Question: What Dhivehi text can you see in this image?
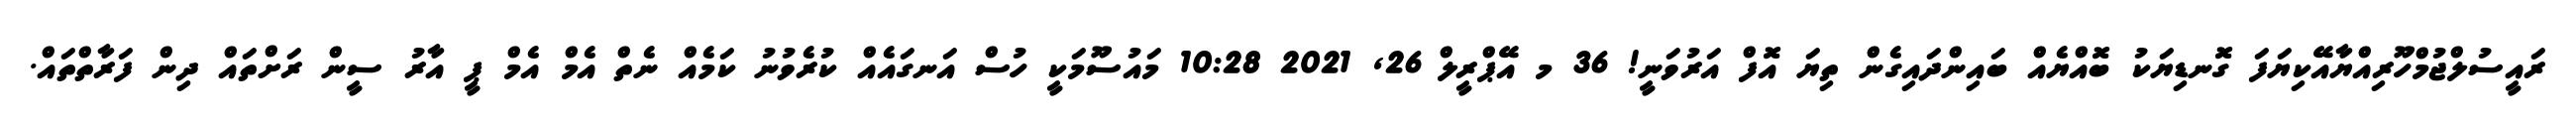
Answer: ރައީސުލްޖުމްހޫރިއްޔާއޭކިޔަފަ ގޮނޑިޔަކު ބޮއްޔެއް ބައިންދައިގެން ތިޔަ އޮފް އަރުވަނީ! 36 މ އޭޕްރީލް 26, 2021 10:28 މައުސޫމަކީ ހުސް އަނގައެއް ކުރެވުނު ކަމެއް ނެތް އެމް އެމް ޕީ އާރު ސީން ރަށްތައް ދިން ފަރާތްތައް.